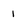
Character: 1